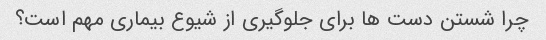
چرا شستن دست ها برای جلوگیری از شیوع بیماری مهم است؟